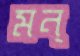
মন্